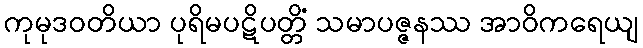
ကုမုဒဝတိယာ ပုရိမပဋိပတ္တိံ သမာပဇ္ဇနဿ အာဝိကရေယျ